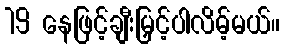
19 နေဖြင့်ချီးမြှင့်ပါလိမ့်မယ်။